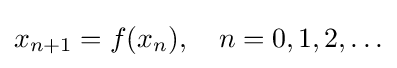
x_{n+1}=f(x_{n}),\quad n=0,1,2,\ldots